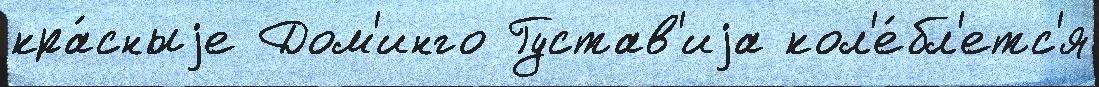
кра́сныjе Дом'инго Густав'иjа кол'е́бл'етс'я